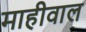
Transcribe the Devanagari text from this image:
माहीवाल